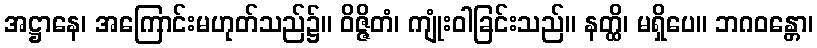
အဋ္ဌာနေ၊ အကြောင်းမဟုတ်သည်၌။ ဝိဇ္ဇိတံ၊ ကျုံးဝါခြင်းသည်။ နတ္ထိ၊ မရှိပေ။ ဘဂဝန္တော၊